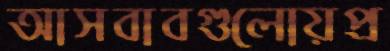
আসবাবগুলোয়প্র